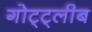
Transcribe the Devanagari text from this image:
गोट्ट्लीब